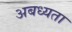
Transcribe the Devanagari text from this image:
अबध्यता